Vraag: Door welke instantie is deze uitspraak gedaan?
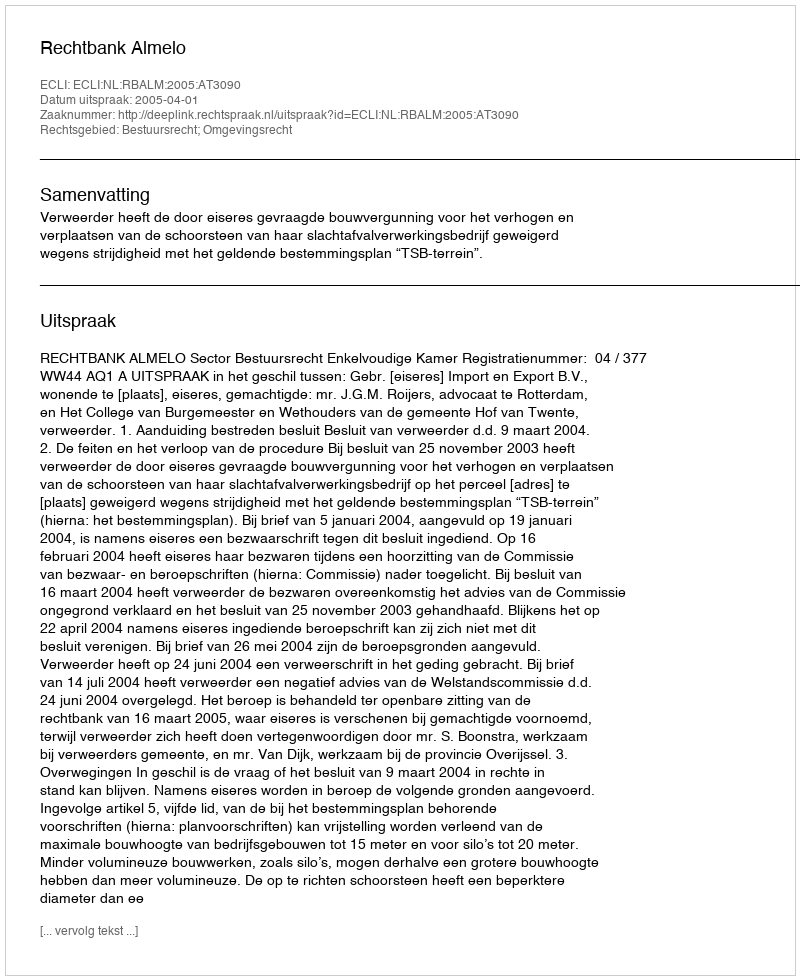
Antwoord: Rechtbank Almelo